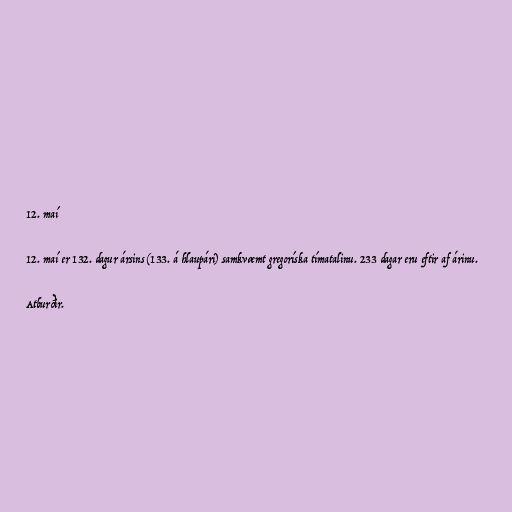
12. maí

12. maí er 132. dagur ársins (133. á hlaupári) samkvæmt gregoríska tímatalinu. 233 dagar eru eftir af árinu.

Atburðir.